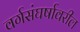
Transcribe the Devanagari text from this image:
वर्गसंघर्षावरील